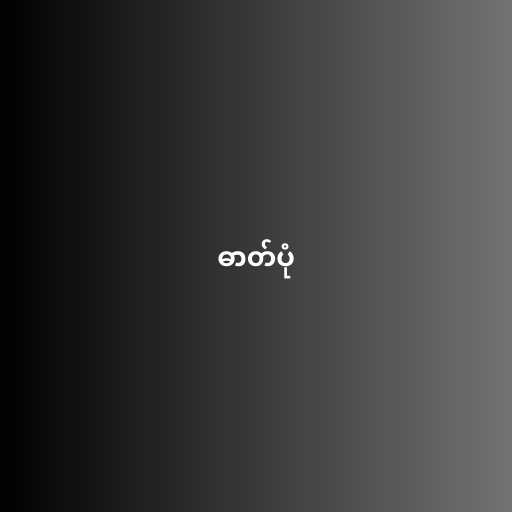
ဓာတ်ပုံ